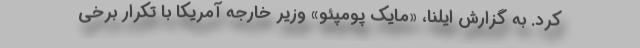
کرد. به گزارش ایلنا، «مایک پومپئو» وزیر خارجه آمریکا با تکرار برخی